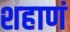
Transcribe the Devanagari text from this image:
शहाणं